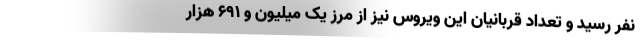
نفر رسید و تعداد قربانیان این ویروس نیز از مرز یک میلیون و ۶۹۱ هزار